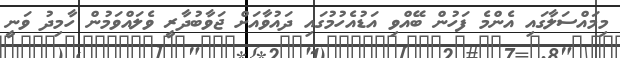
މިމައްސަލާގައި އެންމެ ފަހުން ބޭއްވި އަޑުއެހުމުގައި ދައުވާއަށް ޖަވާބުދާރީ ވެލައްވަމުން ހާމިދު ވަނީ